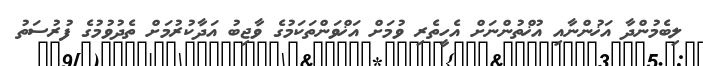
ލިބެމުންދާ އަޚުންނާއި އުޚްތުންނަށް އެހީތެރި ވުމަށް އަޚްވަންތަކަމުގެ ވާޖިބު އަދާކުރުމަށް ތެދުވުމުގެ ފުރުސަތު